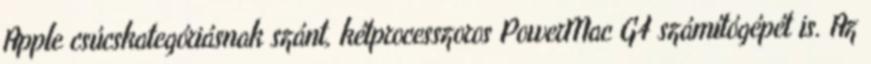
Apple csúcskategóriásnak szánt, kétprocesszoros PowerMac G4 számítógépét is. Az